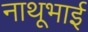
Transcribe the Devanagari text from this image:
नाथूभाई